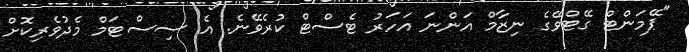
"ޕޭމަންޓް ގޭޓްވޭގެ ނިޒާމް އަންނަ އަހަރު ޓެސްޓް ކުރެވޭނެ. އެ ސިސްޓަމް މެދުވެރިކޮށް